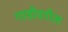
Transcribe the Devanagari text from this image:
गाडीवरील